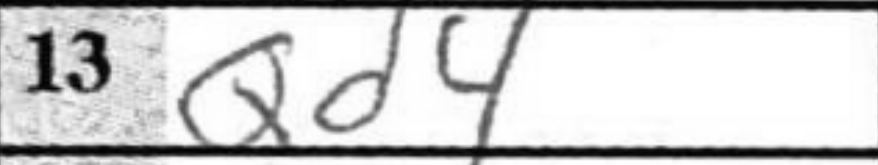
Transcription: Qd4